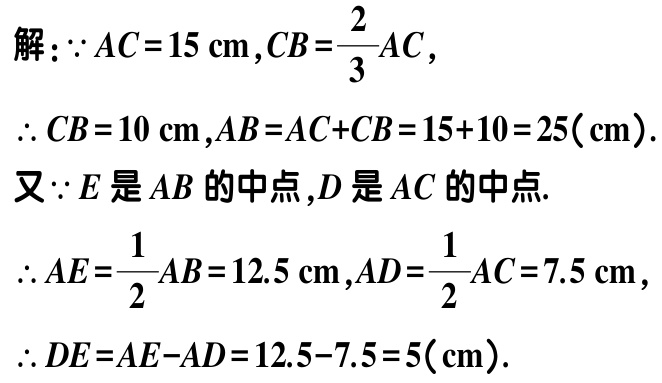
解：\(\because AC = 15\mathrm{cm},CB=\frac{2}{3}AC\)，

\(\therefore CB = 10\mathrm{cm},AB = AC + CB = 15 + 10 = 25(\mathrm{cm})\).

又\(\because E\)是\(AB\)的中点，\(D\)是\(AC\)的中点.

\(\therefore AE=\frac{1}{2}AB = 12.5\mathrm{cm},AD=\frac{1}{2}AC = 7.5\mathrm{cm}\)，

\(\therefore DE = AE - AD = 12.5 - 7.5 = 5(\mathrm{cm})\).